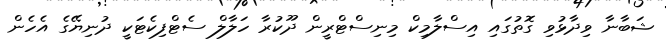
ޝަބާނާ ވިދާޅުވި ގޮތުގައި އިސްލާމިކް މިނިސްޓްރީން ދޫކުރާ ހަލާލް ސެޓްފިކެޓަކީ ދުނިޔޭގެ އެހެން